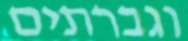
וגברתים